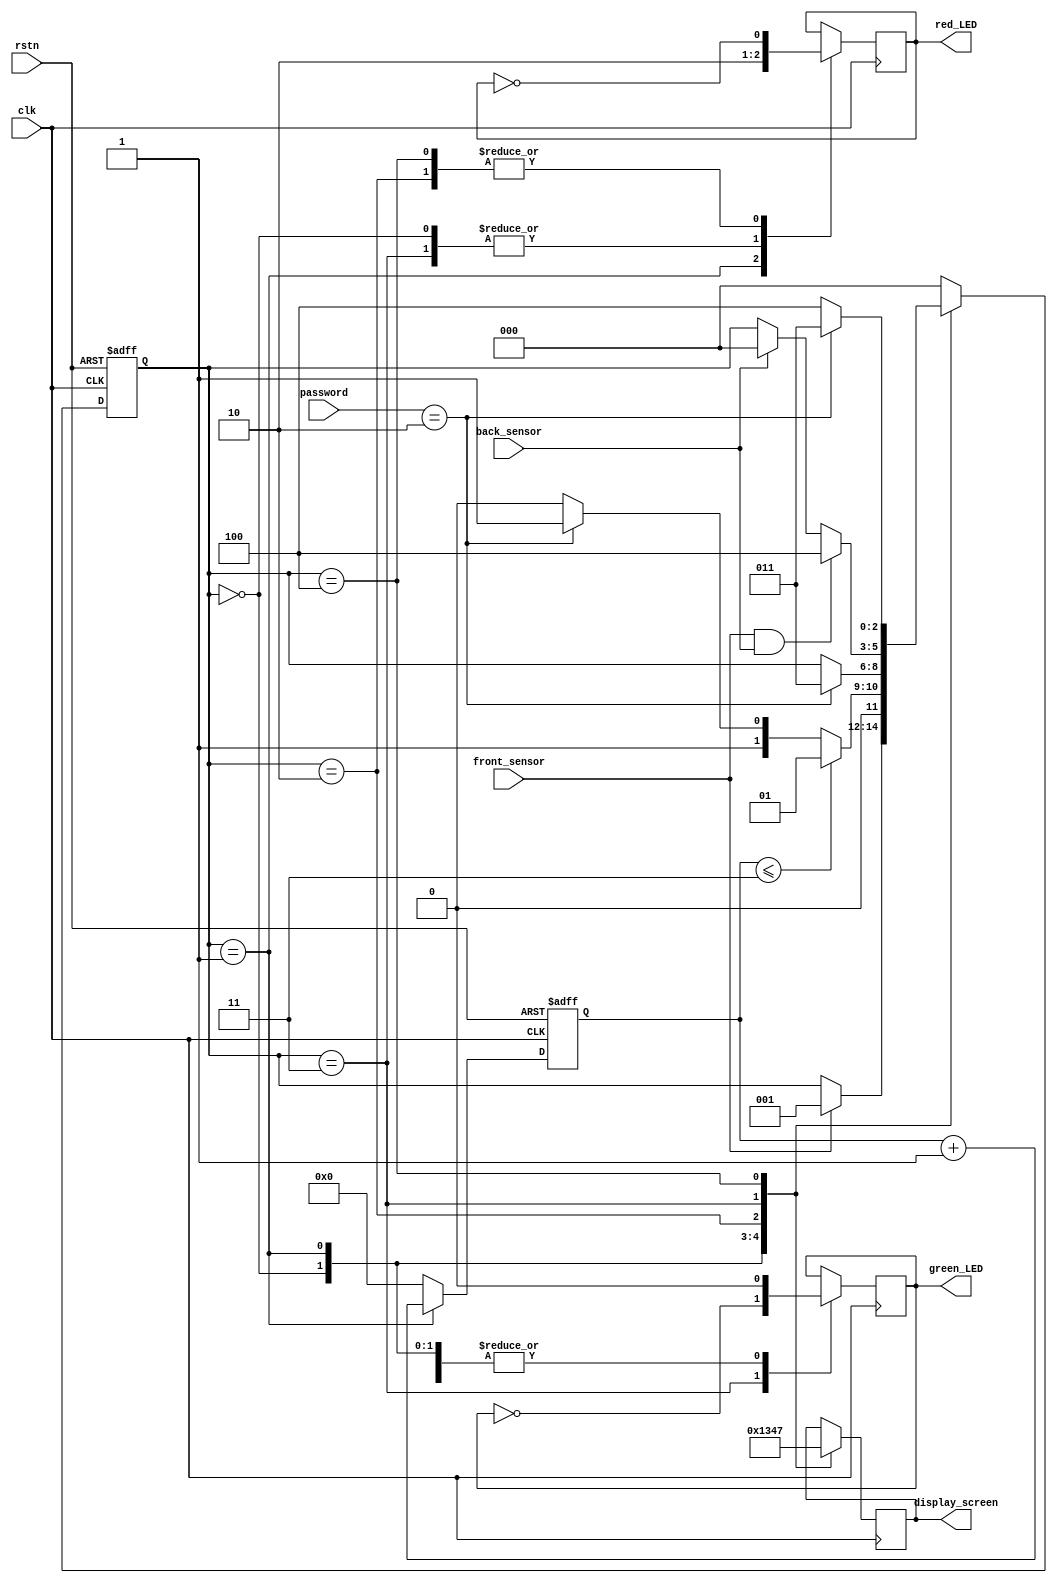
module system(
    input front_sensor,
    input back_sensor,
    input clk,
    input rstn,
    input [1:0] password,
    output wire green_LED,
    output wire red_LED,
    output reg[3:0] display_screen
);

parameter IDLE=3'b000;
parameter WAIT=3'b001;
parameter RIGHT=3'b011;
parameter WRONG=3'b010;
parameter STOP=3'b100;

reg [2:0] present, next;
reg [31:0] counter_wait;
reg r_temp, g_temp;

always @(posedge clk or negedge rstn) begin
    if(~rstn)
        present= IDLE;
    else
        present= next;
end

always @(posedge clk or negedge rstn) begin
    if(~rstn)
        counter_wait<=0;
    else if(present==WAIT)
        counter_wait<= counter_wait+1;
    else
        counter_wait<=0;
end

always @(*) begin
    case (present)

        IDLE:
        begin
            if(front_sensor==1)
                next= WAIT;
            else
                next= present;
        end    

        WAIT:
        begin
            if(counter_wait<=3)
                next= WAIT;
            else
                begin
                    if(password==2'b10)
                        next= RIGHT;
                    else
                        next= WRONG;
                end
        end

        WRONG:
        begin
            if(password==2'b10)
                next= RIGHT;
            else
                next= present; 
        end 

        RIGHT:
        begin
            if(front_sensor==1 && back_sensor==1)
                next= STOP;
            else if(back_sensor==1)
                next= IDLE;
            else
                next= present;
        end

        STOP:
        begin
            if(password==2'b10)
                next= RIGHT;
            else
                next= STOP;
        end

        default: 
            next= IDLE;
    endcase
end

always @(posedge clk) begin
    case (present)

        IDLE:
        begin
            g_temp= 1'b0;
            r_temp= 1'b0;
            display_screen= 4'b0000;
        end

        WAIT:
        begin
            g_temp=1'b0;
            r_temp=1'b1;
            display_screen=4'b0001;
        end

        WRONG:
        begin
            g_temp= 1'b0;
            r_temp= ~r_temp;
            display_screen= 4'b0011;
        end

        RIGHT:
        begin
            g_temp= ~g_temp;
            r_temp= 1'b0;
            display_screen= 4'b0100;
        end

        STOP:
        begin
            g_temp= 1'b0;
            r_temp= ~r_temp;
            display_screen= 4'b0111;
        end
    endcase
end

assign red_LED= r_temp;
assign green_LED =g_temp;

endmodule